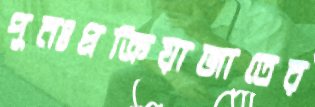
পুনঃপ্রক্রিয়াজাতের